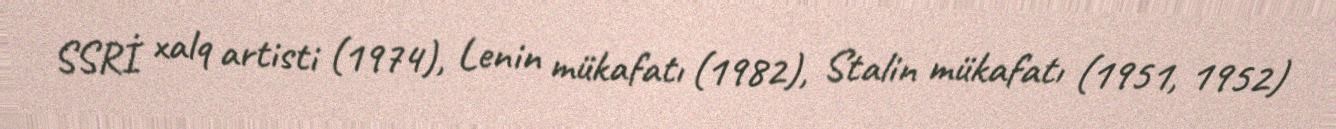
SSRİ xalq artisti (1974), Lenin mükafatı (1982), Stalin mükafatı (1951, 1952)